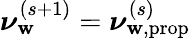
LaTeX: \boldsymbol\nu_{\mathbf{w}}^{(s+1)}=\boldsymbol\nu_{\mathbf{w},\mathrm{{prop}}}^{(s)}